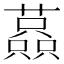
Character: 𧁤